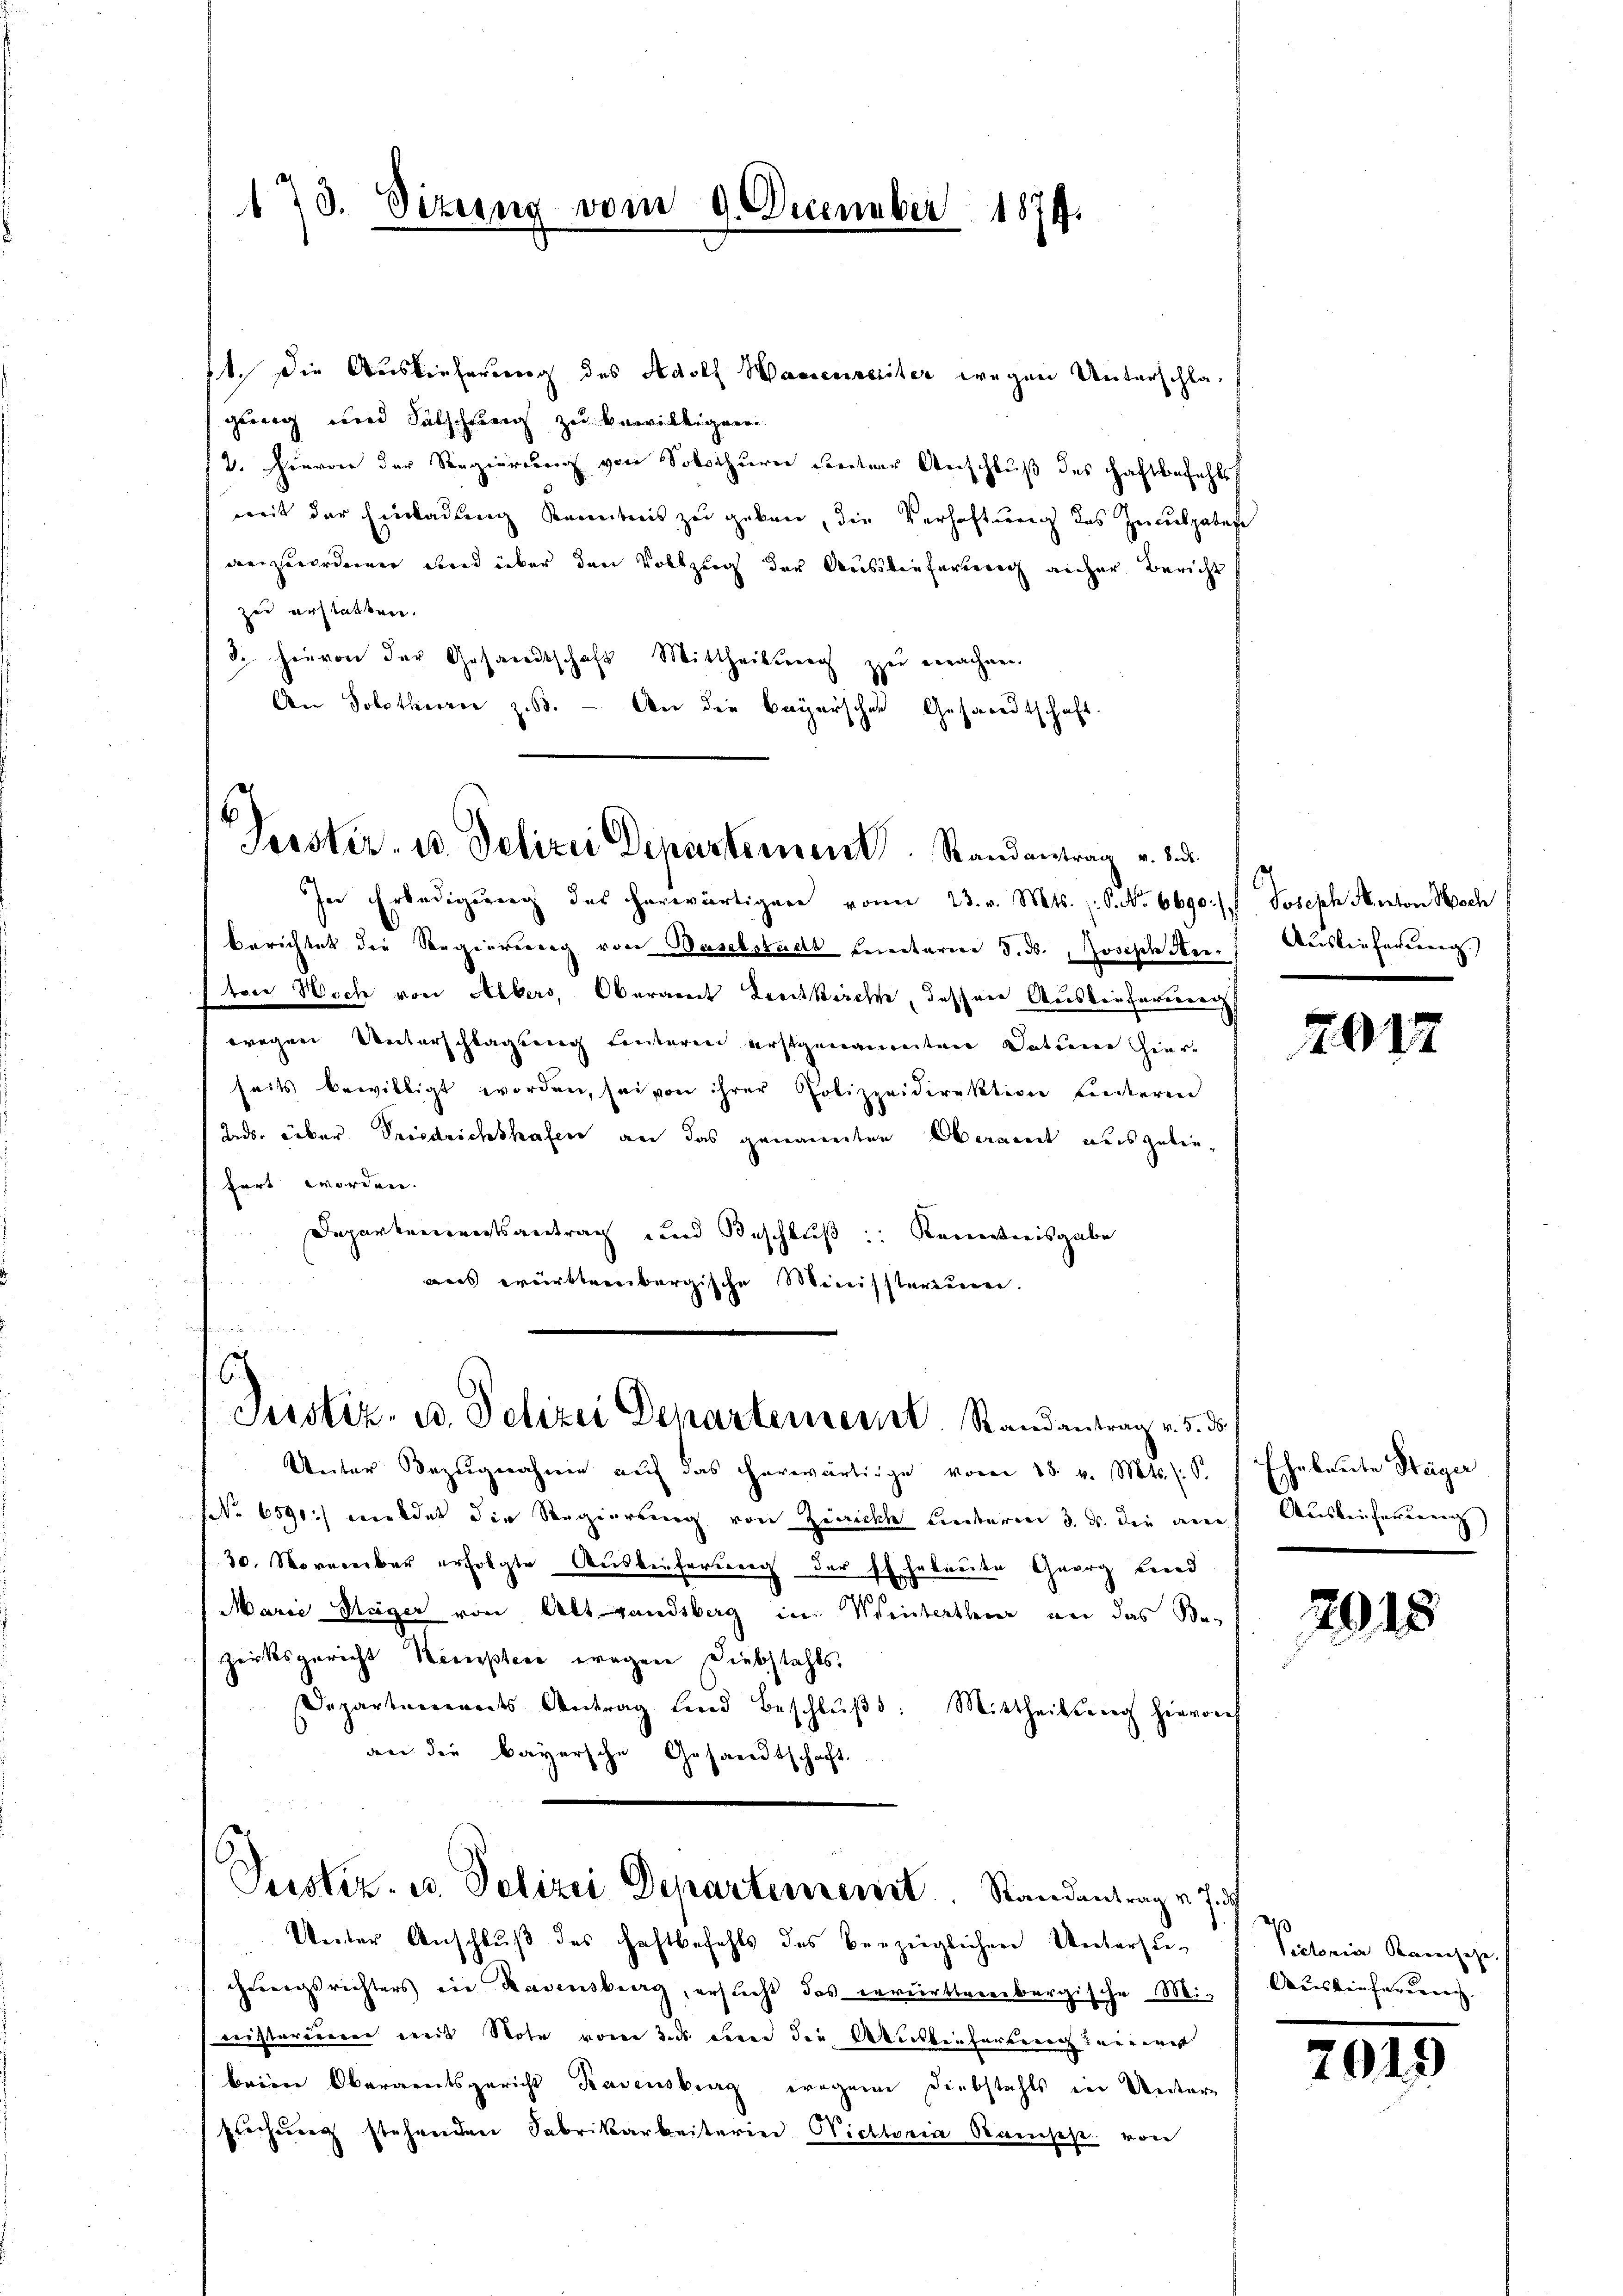
173. Dizung vom 9. December 1874.

11. Die Auslieferung des Adolf Wassenreiter wegen Unterschlagung und Fälschung zu bewilligen.
2. Hievon der Regierung von Solothurn seiterer Anschluß des Haftbefehls
mit der Einladung Kenntnis zu geben, die Verhaftung des Inculpatafe
anzuordnen und über den Vollzug der Ausübenformerich aucher Bericht
zu erstatten.
3. hievon der Gesandtschaft Mittheilung zu erachen.
An Solotheorie z.B. — An die Bayerschen Gesandtschaft.

Peester. u. Delirie Departement. Randantrag v. 3. d.

In Erledigung des herwärtigen von 23. v. Mts. S. 6690.) Joseph Anton Hoch
Berichtet die Regierung von Baselstadt Eintarier d. d. Joseph An- Auslieferung.
tore Woch von Albers, Oberamt Zeeitkirche, dassene Auskauferieren
wegen Unterschlagung einteren erstgenannten Datum hierseits bewilligt worden, sei von ihrer Polizeidirektion untere
Zeds. über Friedrichshafen an das genannten Oberamt ausgeliefert worden.
Daparkariatsantrag und Beschluß: Kenntnisgabe
s erstreibergische Ministeriennen.

2917

s
Justiz- u. Polizei Departement. Randantrag v. 5. ds

Ueiter Bezugnahme auf das herwärtige vom 18. v. Mts. S.
NNo. 6590) mildet die Regierung von Zürichte Leiteren 3. d. die auch Ausleiferung
30. November erfolgte Auslieferung der Eheleute Georg Bered
Marie Stäger von Alt-Landsberg in Wintertheuer vor das Bezirksgericht Kempter wegen Diebstahls
Departements Antrag sind beschlŭβ: Mittheilung hervorh
dn die bayersche Gesandtschaft.

Eheleute Steiger

2918

Justiz- u. Polizei Departement. Standentrag v. 7. d

Victonier Kamensetze.

Unter Anschlŭβ des Haftbefehls des verzüglichen Unterste-
hungsrichters in Badensburg, ersucht das erwürttererbergische Mi- Auslieferung
nisterie wie Note vom das um die Alicbenfarben anwes
beien Oberaentsgericht Rasensburg wegenen Diebstahls in Untern
Eichung stehenden Fabrikarbeiterin Victoria Ramsp. von

7019